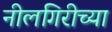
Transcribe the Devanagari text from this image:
नीलगिरीच्या